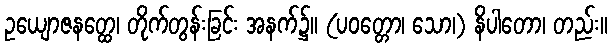
ဥယျောဇနတ္ထေ၊ တိုက်တွန်းခြင်း အနက်၌။ (ပဝတ္တော၊ သော၊) နိပါတော၊ တည်း။